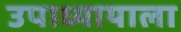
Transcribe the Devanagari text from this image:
उपाध्यायाला